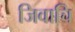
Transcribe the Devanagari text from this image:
जिवाचि